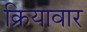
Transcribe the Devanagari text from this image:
क्रियावार